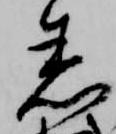
着